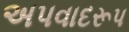
અપવાદરૂપ